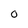
Character: 0